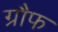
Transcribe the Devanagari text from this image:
ग्रौफ